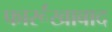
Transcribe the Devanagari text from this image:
फार्रूखाबाद